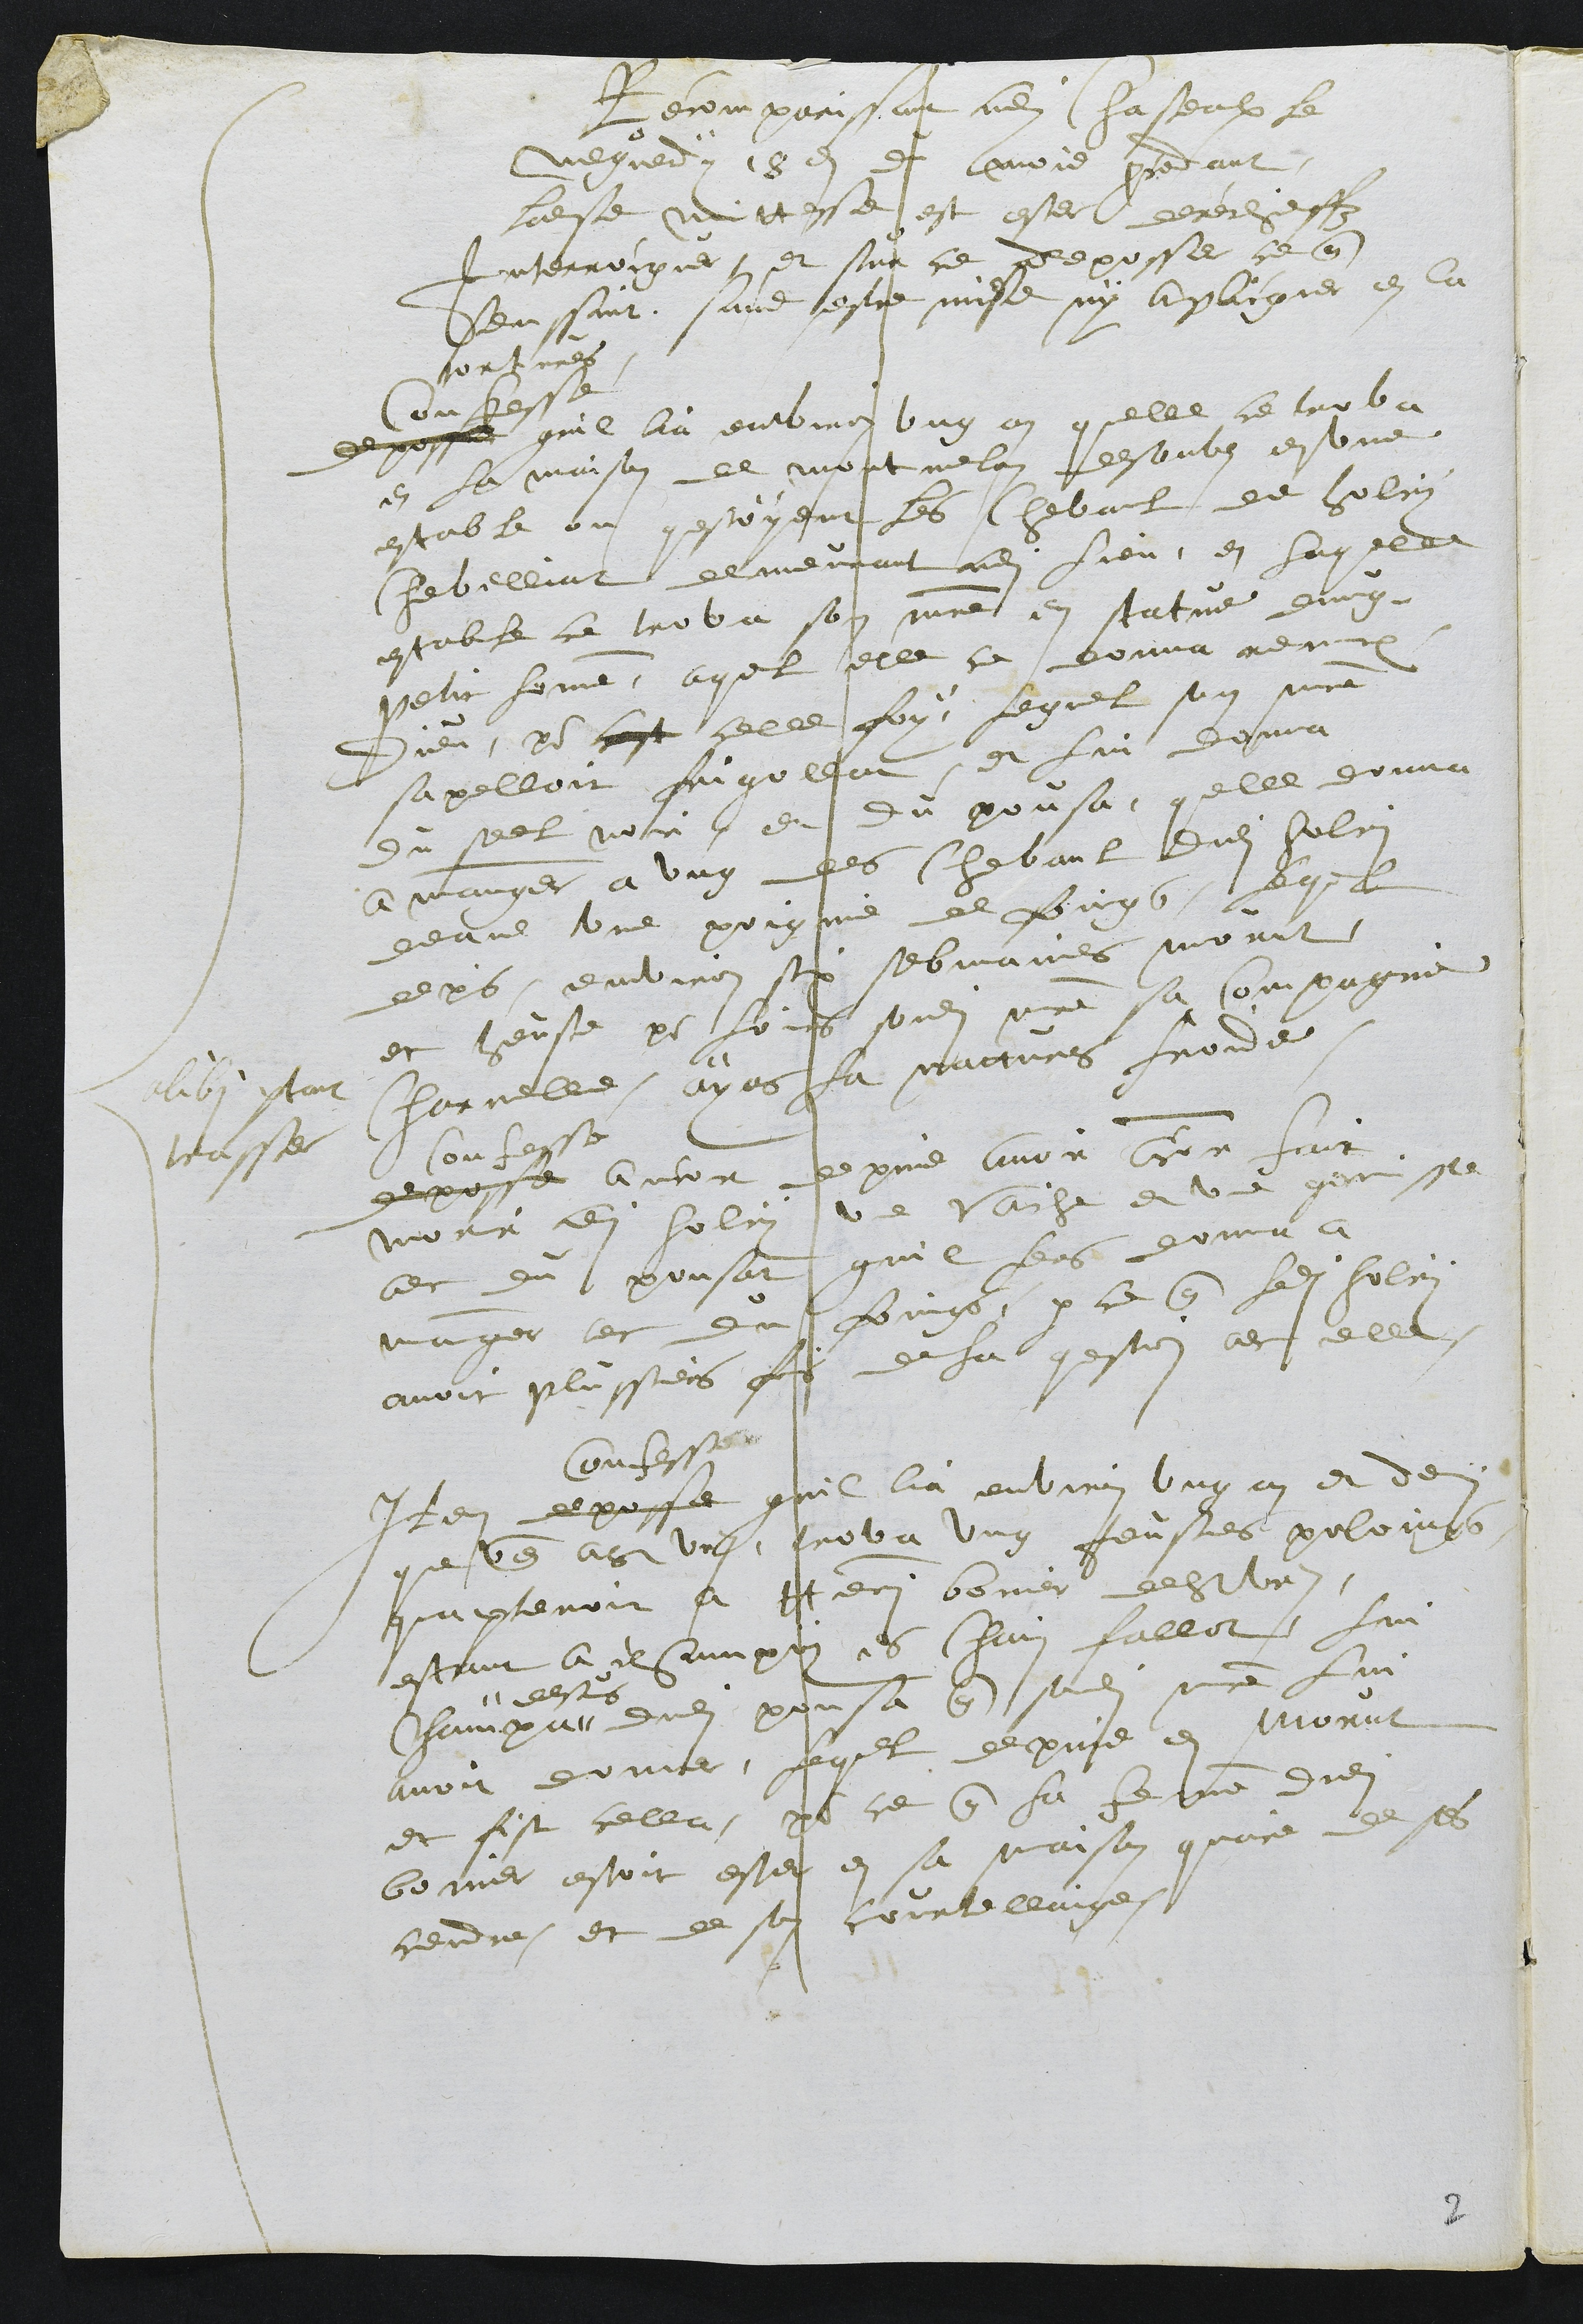
alibi partant
trasser
Recomparissant audit chasteaulx le
megredy 18e du mois precedant
ladite mittesse est ester derechieffz
Interroiguer et sur ce deposser ce que
senssuit sans estre mise ny aplicquer en la
tortures
Confesse
Deposse quil lia entviron ung an quelle ce trova
en la maison de montmelon desoubs en une
estable ou questoyent les chevaul de Holry
Chevelliat demeurant audit lieu, en laquelle
estable ce trova son maitre en statue dung
petit homme, aquel elle ce donna reniant
Dieu, pour cest celle foy, lequel son maitre
sapelloit frigollat, et lui donna
du seel noir et du pousa, quelle donna
a manger a ung des chevaul dudit holri
deans une poignie de foings, lequel
depuis environ six sebmaines morut
et heust pour loirs sondit maitre sa Compagnie
Charnelle ayans la nattures froide.
Confesse
Deposse ancor depuis avoir ancor fait
morir audit holry une vaiche et une genisse
avec du pousat quil leurs donna a
manger avec du foings, parce que ledit holry
avoit plussieurs fois de la question avec elle
Confesse
Item deposse quil lia environ ung an et demy
que venant a st Ursanne trova ung Jeusnes poloings,
quapartenoit a Henri bonier de st Ursanne,
estant a champoy es Chain Fallot, Lui
champa
dessus
dudit pousa que sondit maitre lui
avoit donner, lequel depuis en morut
et fist cella pour ce que la femme dudit
bonier estoit ester en sa maison quaire de ses
cendre et de son courtellaige.

2